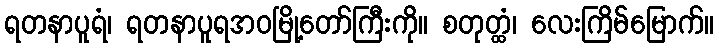
ရတနာပူရံ၊ ရတနာပူရအဝမြို့တော်ကြီးကို။ စတုတ္ထံ၊ လေးကြိမ်မြောက်။